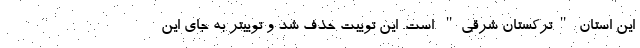
این استان "ترکستان شرقی" است. این توییت حذف شد و توییتر به جای این